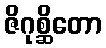
ဇိဂုစ္ဆိတော